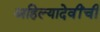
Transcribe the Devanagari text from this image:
अहिल्यादेवींची